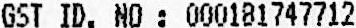
GST ID. NO : 000181747712